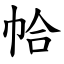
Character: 帢